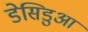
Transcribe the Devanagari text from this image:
डेसिडुआ